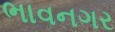
ભાવનગર